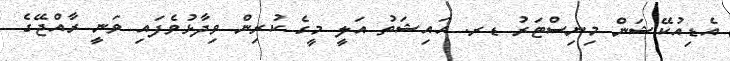
އެޑިއުކޭޝަން މިނިސްޓަރު ޑރ. އައިޝަތު އަލީ މީގެ ކުރިން ވިދާޅުވެފައި ވަނީ ރާއްޖޭގެ